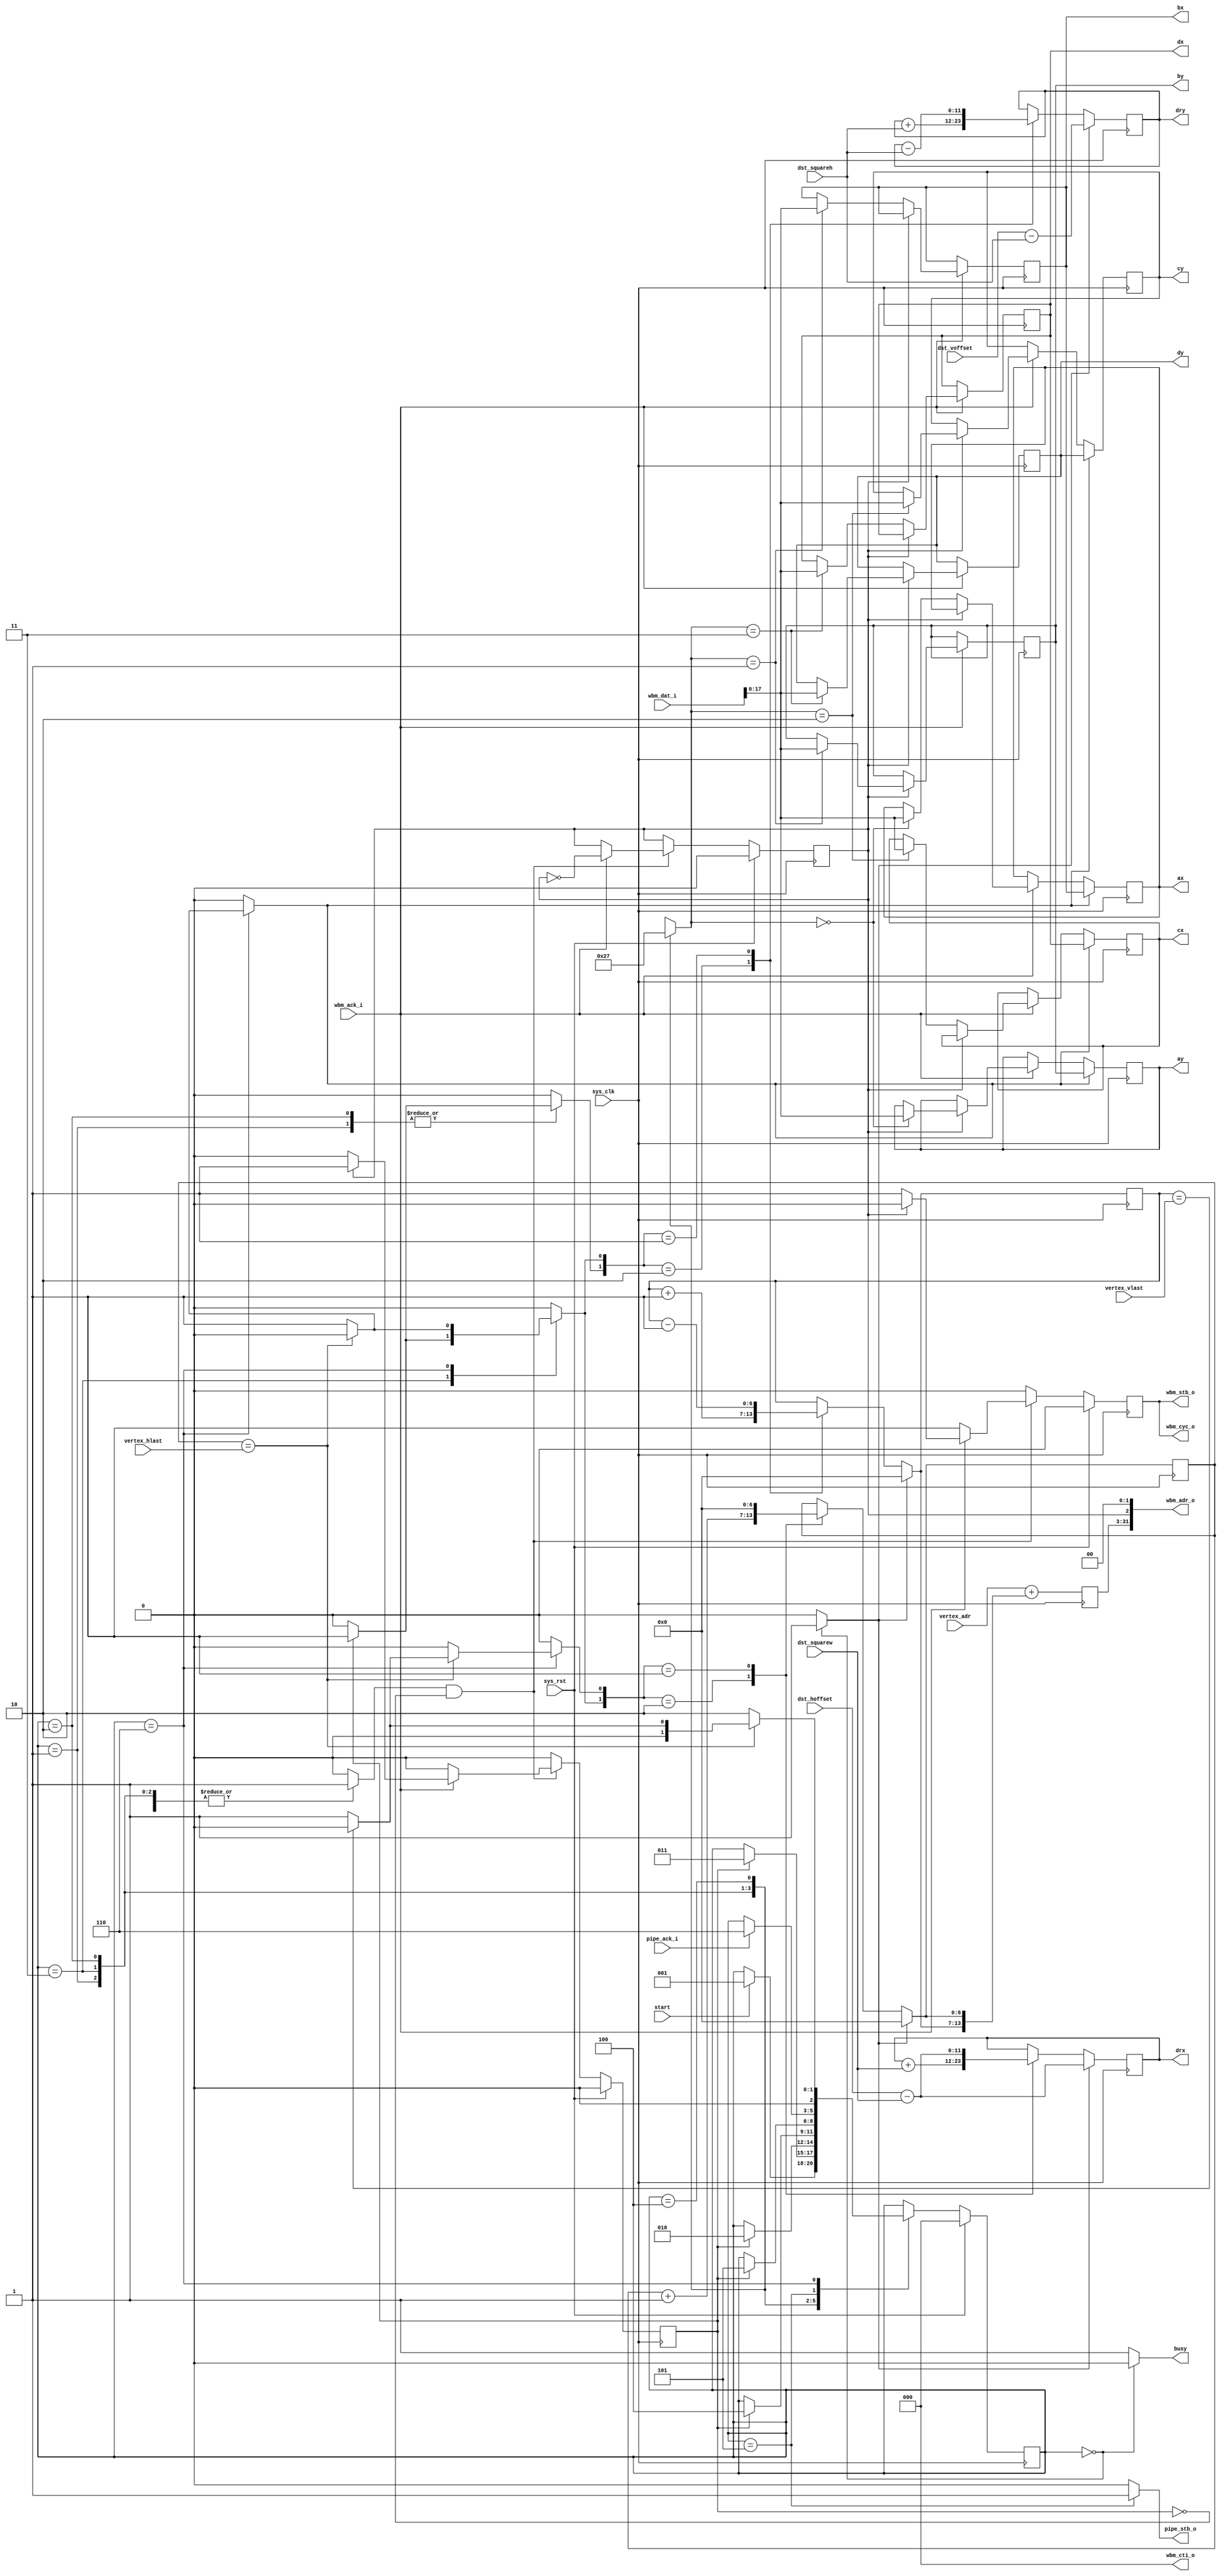
/*
 * Milkymist SoC
 * Copyright (C) 2007, 2008, 2009, 2010 Sebastien Bourdeauducq
 *
 * This program is free software: you can redistribute it and/or modify
 * it under the terms of the GNU General Public License as published by
 * the Free Software Foundation, version 3 of the License.
 *
 * This program is distributed in the hope that it will be useful,
 * but WITHOUT ANY WARRANTY; without even the implied warranty of
 * MERCHANTABILITY or FITNESS FOR A PARTICULAR PURPOSE.  See the
 * GNU General Public License for more details.
 *
 * You should have received a copy of the GNU General Public License
 * along with this program.  If not, see <http://www.gnu.org/licenses/>.
 */

module tmu2_fetchvertex(
	input sys_clk,
	input sys_rst,

	input start,
	output reg busy,

	output [31:0] wbm_adr_o,
	output [2:0] wbm_cti_o,
	output wbm_cyc_o,
	output reg wbm_stb_o,
	input wbm_ack_i,
	input [31:0] wbm_dat_i,

	input [6:0] vertex_hlast,
	input [6:0] vertex_vlast,

	input [28:0] vertex_adr,

	input signed [11:0] dst_hoffset,
	input signed [11:0] dst_voffset,
	input [10:0] dst_squarew,
	input [10:0] dst_squareh,

	output reg pipe_stb_o,
	input pipe_ack_i,

	/* Texture coordinates */
	output reg signed [17:0] ax,
	output reg signed [17:0] ay,
	output reg signed [17:0] bx,
	output reg signed [17:0] by,
	output reg signed [17:0] cx,
	output reg signed [17:0] cy,
	output reg signed [17:0] dx,
	output reg signed [17:0] dy,

	/* Upper-left corner of the destination rectangle */
	output reg signed [11:0] drx,
	output reg signed [11:0] dry
);

assign wbm_cti_o = 3'd0;
assign wbm_cyc_o = wbm_stb_o;

/*
 * A B
 * C D
 */

/* Fetch Engine */

/* control signals */
reg [28:0] fetch_base;
reg [1:0] fetch_target;
reg fetch_strobe;
reg fetch_done;
reg shift_points;
/* */

parameter TARGET_A = 2'd0;
parameter TARGET_B = 2'd1;
parameter TARGET_C = 2'd2;
parameter TARGET_D = 2'd3;

reg is_y;
assign wbm_adr_o = {fetch_base, is_y, 2'b00};

always @(posedge sys_clk) begin
	if(wbm_ack_i) begin
		if(is_y) begin
			case(fetch_target)
				TARGET_A: ay <= wbm_dat_i[17:0];
				TARGET_B: by <= wbm_dat_i[17:0];
				TARGET_C: cy <= wbm_dat_i[17:0];
				TARGET_D: dy <= wbm_dat_i[17:0];
			endcase
		end else begin
			case(fetch_target)
				TARGET_A: ax <= wbm_dat_i[17:0];
				TARGET_B: bx <= wbm_dat_i[17:0];
				TARGET_C: cx <= wbm_dat_i[17:0];
				TARGET_D: dx <= wbm_dat_i[17:0];
			endcase
		end
	end
	if(shift_points) begin
		/*
		 * A <- B
		 * C <- D
		 */
		ax <= bx;
		ay <= by;
		cx <= dx;
		cy <= dy;
	end
end

always @(posedge sys_clk) begin
	if(sys_rst) begin
		wbm_stb_o <= 1'b0;
		fetch_done <= 1'b0;
		is_y <= 1'b0;
	end else begin
		wbm_stb_o <= 1'b0;
		fetch_done <= 1'b0;
		if(fetch_strobe & ~fetch_done) begin
			wbm_stb_o <= 1'b1;
			if(wbm_ack_i) begin
				is_y <= ~is_y;
				if(is_y) begin
					fetch_done <= 1'b1;
					wbm_stb_o <= 1'b0;
				end
			end
		end
	end
end

/* Address & Destination coordinates generator */

/* control signals */
reg move_reset;
reg move_x_right;
reg move_x_startline;
reg move_y_down;
reg move_y_up;
/* */

reg [6:0] x;
reg [6:0] y;

always @(posedge sys_clk) begin
	if(move_reset) begin
		/* subtract the square dimensions,
		 * as we are at point D when sending the vertex down the pipeline
		 */
		drx = dst_hoffset - {1'b0, dst_squarew};
		dry = dst_voffset - {1'b0, dst_squareh};
		x = 7'd0;
		y = 7'd0;
	end else begin
		case({move_x_right, move_x_startline})
			2'b10: begin
				drx = drx + {1'b0, dst_squarew};
				x = x + 7'd1;
			end
			2'b01: begin
				drx = dst_hoffset - {1'b0, dst_squarew};
				x = 7'd0;
			end
			default:;
		endcase
		case({move_y_down, move_y_up})
			2'b10: begin
				dry = dry + {1'b0, dst_squareh};
				y = y + 7'd1;
			end
			2'b01: begin
				dry = dry - {1'b0, dst_squareh};
				y = y - 7'd1;
			end
			default:;
		endcase
	end
	fetch_base = vertex_adr + {y, x};
end

/* Controller */

reg [2:0] state;
reg [2:0] next_state;

parameter IDLE		= 3'd0;
parameter FETCH_A	= 3'd1;
parameter FETCH_B	= 3'd2;
parameter FETCH_C	= 3'd3;
parameter FETCH_D	= 3'd4;
parameter PIPEOUT	= 3'd5;
parameter NEXT_SQUARE	= 3'd6;

always @(posedge sys_clk) begin
	if(sys_rst)
		state <= IDLE;
	else
		state <= next_state;
end

wire last_col = x == vertex_hlast;
wire last_row = y == vertex_vlast;

always @(*) begin
	fetch_target = 2'bxx;
	fetch_strobe = 1'b0;
	shift_points = 1'b0;

	move_reset = 1'b0;
	move_x_right = 1'b0;
	move_x_startline = 1'b0;
	move_y_down = 1'b0;
	move_y_up = 1'b0;

	busy = 1'b1;

	pipe_stb_o = 1'b0;

	next_state = state;

	case(state)
		IDLE: begin
			busy = 1'b0;
			move_reset = 1'b1;
			if(start)
				next_state = FETCH_A;
		end
		
		FETCH_A: begin
			fetch_target = TARGET_A;
			fetch_strobe = 1'b1;
			if(fetch_done) begin
				move_y_down = 1'b1;
				next_state = FETCH_C;
			end
		end
		FETCH_C: begin
			fetch_target = TARGET_C;
			fetch_strobe = 1'b1;
			if(fetch_done) begin
				move_x_right = 1'b1;
				move_y_up = 1'b1;
				next_state = FETCH_B;
			end
		end
		FETCH_B: begin
			fetch_target = TARGET_B;
			fetch_strobe = 1'b1;
			if(fetch_done) begin
				move_y_down = 1'b1;
				next_state = FETCH_D;
			end
		end
		FETCH_D: begin
			fetch_target = TARGET_D;
			fetch_strobe = 1'b1;
			if(fetch_done)
				next_state = PIPEOUT;
		end

		PIPEOUT: begin
			pipe_stb_o = 1'b1;
			if(pipe_ack_i)
				next_state = NEXT_SQUARE;
		end
		NEXT_SQUARE: begin /* assumes we are on point D */
			if(last_col) begin
				if(last_row)
					next_state = IDLE;
				else begin
					move_x_startline = 1'b1;
					next_state = FETCH_A;
				end
			end else begin
				move_x_right = 1'b1;
				move_y_up = 1'b1;
				shift_points = 1'b1;
				next_state = FETCH_B;
			end
		end
	endcase
end

endmodule